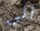
الى